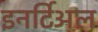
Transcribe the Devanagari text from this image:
इनर्टिअल